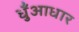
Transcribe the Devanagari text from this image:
धुँआधार